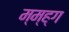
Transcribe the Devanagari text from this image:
म्म्ह्ग